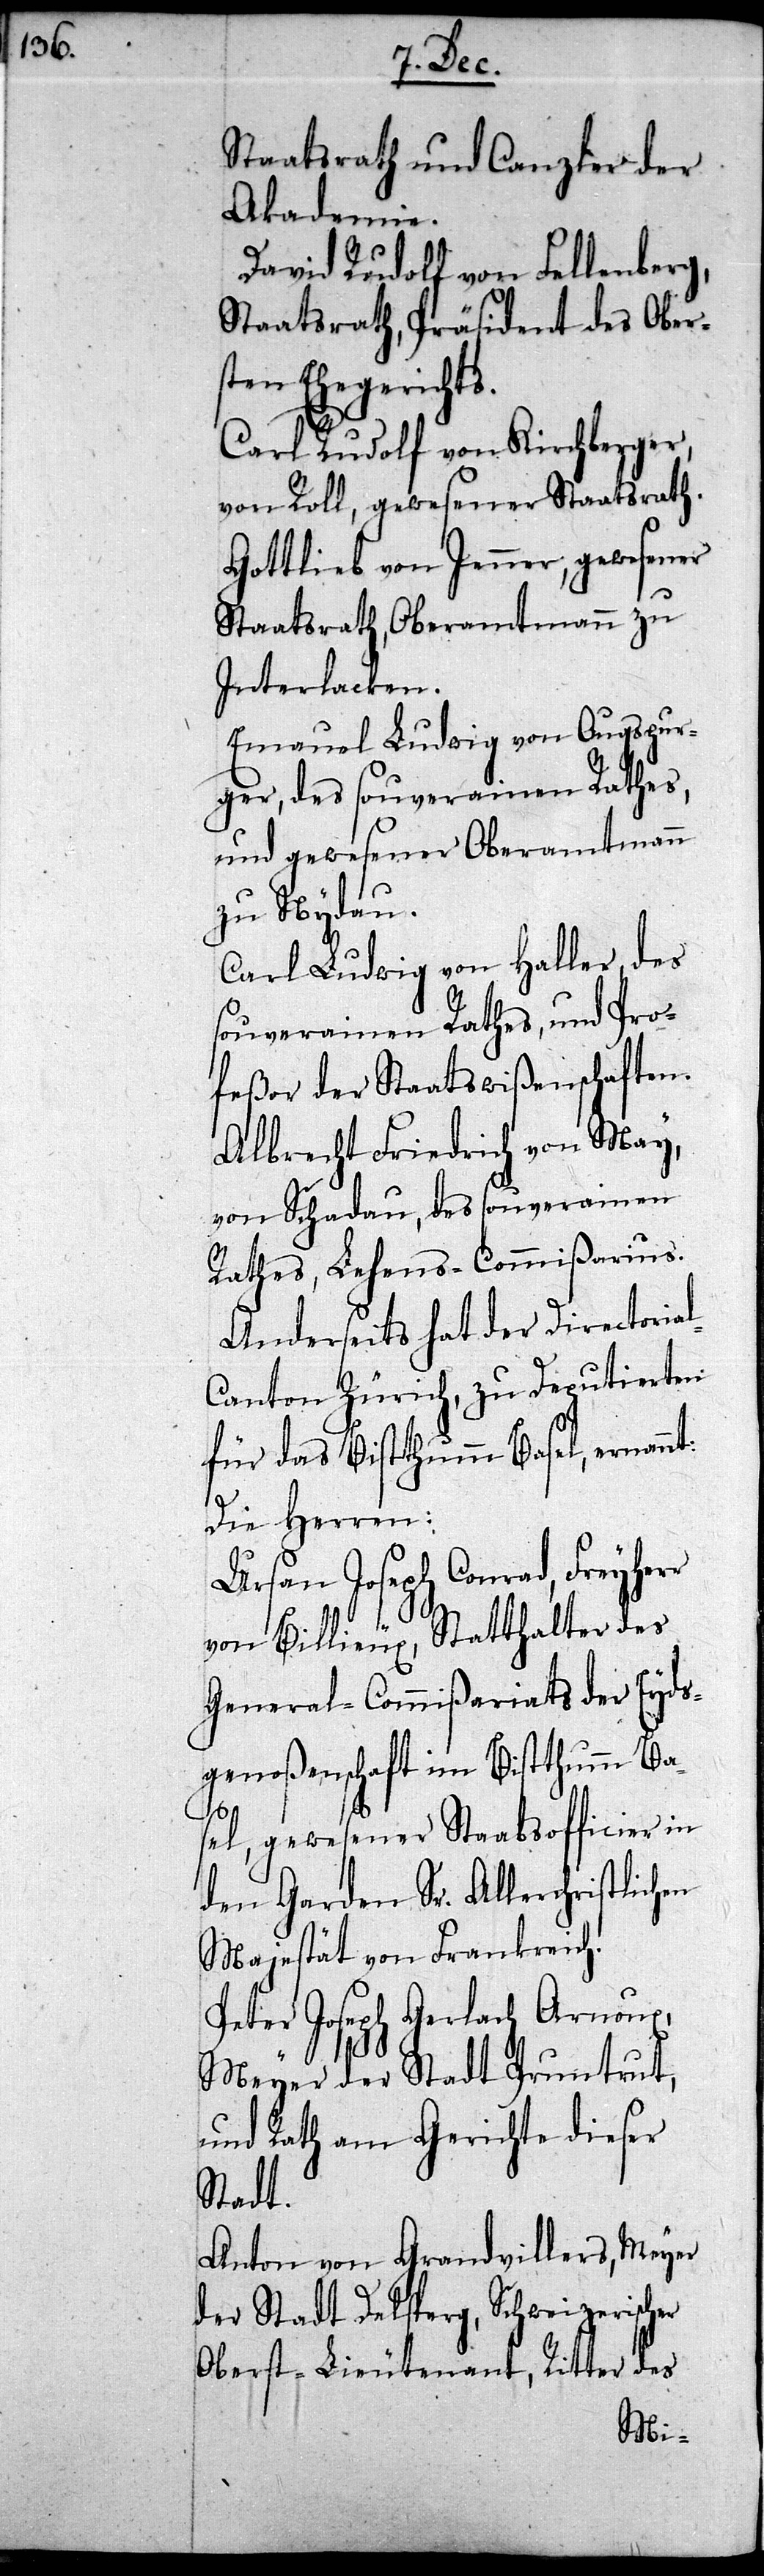
Staatsrat und Canzler der
Akademie.
David Rudolf von Fellenberg,
Staatsrath, Präsident des Ober¬
sten Ehegerichts.
Carl Rudolf von Kirchberger,
von Roll, gewesener Staatsrath.
Gottlieb von Jenner, gewesener
Staatsrath, Oberamtmann zu
Interlacken.
Emanuel Ludwig von Augspur¬
ger, des souverainen Rathes,
und gewesener Oberamtmann
zu Nydau.
Carl Ludwig von Haller, des
souverainen Rathes, und Pro¬
feßor der Staatswißenschaften.
Albrecht Friedrich von May,
von Schadau, des souverainen
Rathes, Lehens-Commißarius.
Anderseits hat der Directoria¬
l-Canton Zürich, zu Deputierten
für das Bistthumm Basel, ernannt:
Die Herren:
Ursan Joseph Conrad, Freyherr
von Billieux, Statthalter des
General-Commißariats der Eyds¬
genoßenschaft im Bistthumm Ba¬
sel, gewesener Staabsofficier in
den Garden Sr. Allerchristlichen
Majestät von Frankreich.
Peter Joseph Gerlach Arnoux,
Meyer der Stadt Pruntrut,
und Rath am Gerichte dieser
Stadt.
Anton von Grandvillers, Meyer
der Stadt Delsperg, Schweizerischer
Oberst-Lieutenant, Ritter des